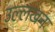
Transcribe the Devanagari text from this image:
उल्लखन